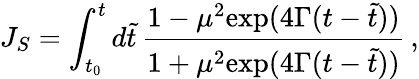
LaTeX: J_{S}=\int_{t_{0}}^{t}d\tilde{t}\, {\frac{1-\mu^{2}\mathrm{exp}(4\Gamma(t-\tilde{t}))}{1+\mu^{2}\mathrm{exp}(4\Gamma(t-\tilde{t}))}}\, ,